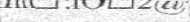
-